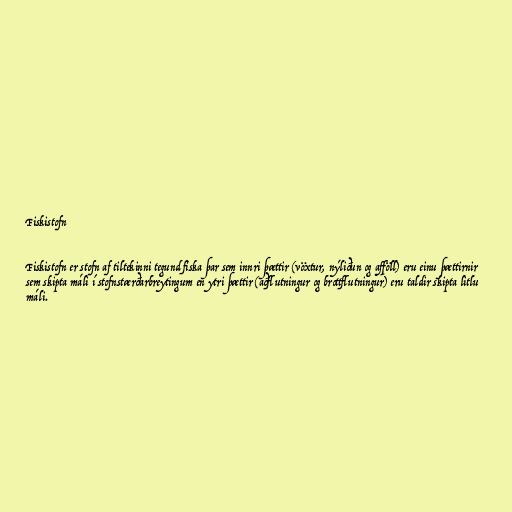
Fiskistofn

Fiskistofn er stofn af tiltekinni tegund fiska þar sem innri þættir (vöxtur, nýliðun og afföll) eru einu þættirnir
sem skipta máli í stofnstærðarbreytingum en ytri þættir (aðflutningur og brottflutningur) eru taldir skipta litlu
máli.